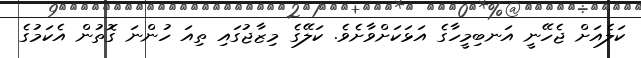
ކަލެއަށް ޖެހޭނީ އަނބިމީހާގެ އަޅަކަށްވާށެވެ. ކަލޭގެ މިޒާޖުގައި ތިއަ ހުންނަ ގޮތުން އެކަމުގެ